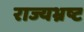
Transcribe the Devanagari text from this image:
राज्यभ्रष्ट